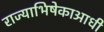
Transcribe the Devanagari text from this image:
राज्याभिषेकाआधी